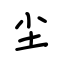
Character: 尘